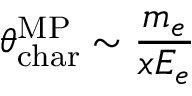
\theta _ { \mathrm { c h a r } } ^ { { \mathrm { M P } } } \sim \frac { m _ { e } } { x E _ { e } }